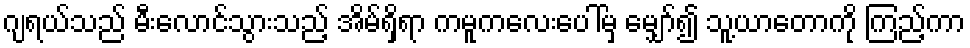
ဂျရယ်သည် မီးလောင်သွားသည့် အိမ်ရှိရာ ကမူကလေးပေါ်မှ မျှော်၍ သူ့ယာတောကို ကြည့်ကာ